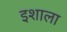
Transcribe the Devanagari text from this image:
इशाला